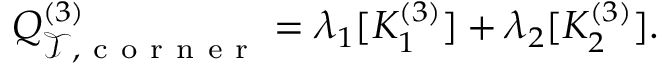
Q _ { \mathcal { T } , \mathrm { ~ c ~ o ~ r ~ n ~ e ~ r ~ } } ^ { ( 3 ) } = \lambda _ { 1 } [ K _ { 1 } ^ { ( 3 ) } ] + \lambda _ { 2 } [ K _ { 2 } ^ { ( 3 ) } ] .